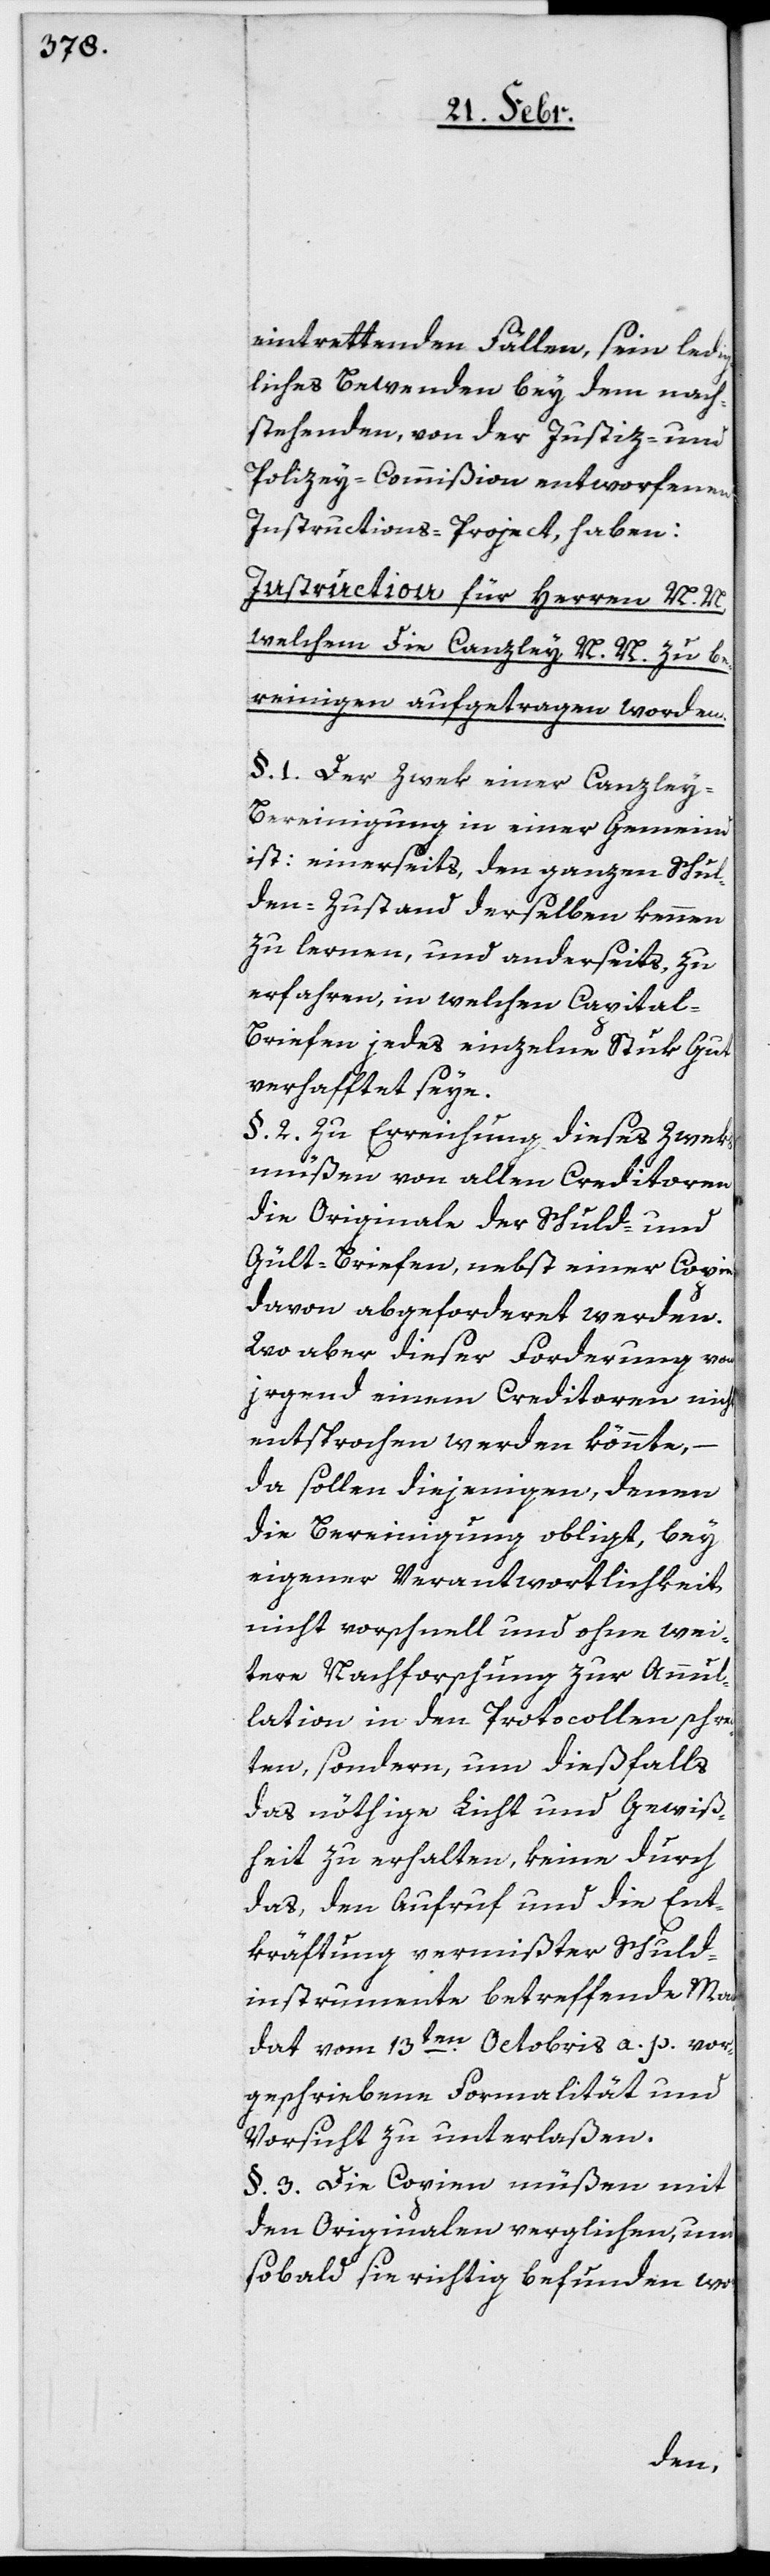
eintrettenden Fällen, sein ledig¬
liches Bewenden bey dem nach¬
stehenden, von der Justiz- und
Polizey-Commißion entworfenen
Instrictions-Project, haben:
Instruction für Herren N. N.,
welchem die Canzley N. N. zu be¬
reinigen aufgetragen worden.
§. 1. Der Zwek einer Canzley-B¬
ereinigung in einer Gemeind
ist: einerseits, den ganzen Schul¬
den-Zustand derselben kennen
zu lernen, und anderseits zu
erfahren, in welchen Capital-B¬
riefen jedes einzelne Stuk Gut
verhaftet seye.
§. 2. Zu Erreichung dieses Zweks
müßen von allen Creditoren
die Originale der Schuld- und
Gült-Briefen, nebst einer Copie
davon abgeforderet werden.
Wo aber dieser Forderung von
irgend einem Creditoren nicht
entsprochen werden könnte,
da sollen diejenigen, denen
die Bereinigung obligt, bey
eigener Verantwortlichkeit,
nicht vorschnell und ohne wei¬
tere Nachforschung zur Annul¬
lation in den Protocollen schrei¬
ten, sondern, um dießfalls
das nöthige Licht und Gewiß¬
heit zu erhalten, keine durch
das, den Aufruf und die Ent¬
kräftung vermißter Schuld¬
instrumente betreffende Man¬
dat vom 13ten. Octobris a. p. vor¬
geschriebene Formalität und
Vorsicht zu unterlaßen.
§. 3. Die Copien müßen mit
den Originalen verglichen, und
sobald sie richtig befunden wor-